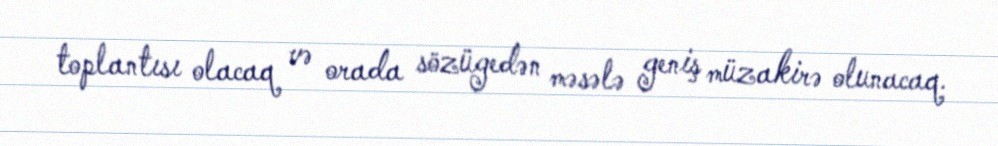
toplantısı olacaq və orada sözügedən məsələ geniş müzakirə olunacaq.